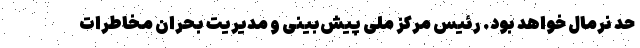
حد نرمال خواهد بود. رئیس مرکز ملی پیش‌بینی و مدیریت بحران مخاطرات